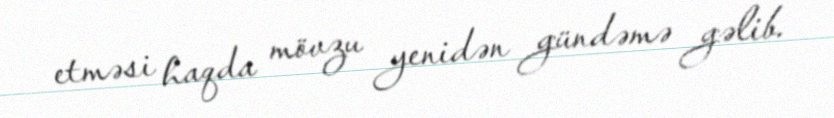
etməsi haqda mövzu yenidən gündəmə gəlib.